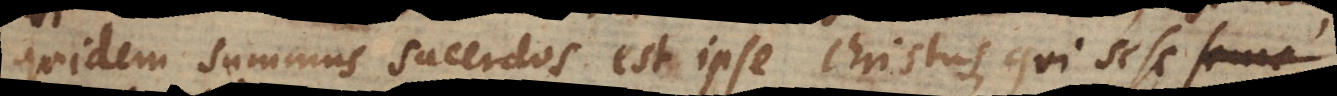
quidem summus sacerdos est ipse Christus, qui sese